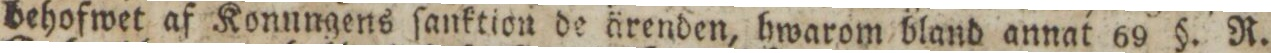
behofwet af Konungens ſanktion de ärenden, hwarom bland annat 69 §. R.